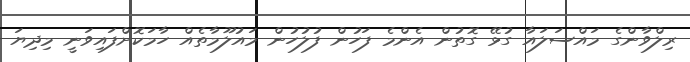
ރިލްވާންގެ މައްސަލައާ ގުޅޭ ގޮތުން އެންމެ ފަހުން ފުލުހުން މައުލޫމާތެއް ހާމަކޮށްފައިވަނީ މިދިޔަ